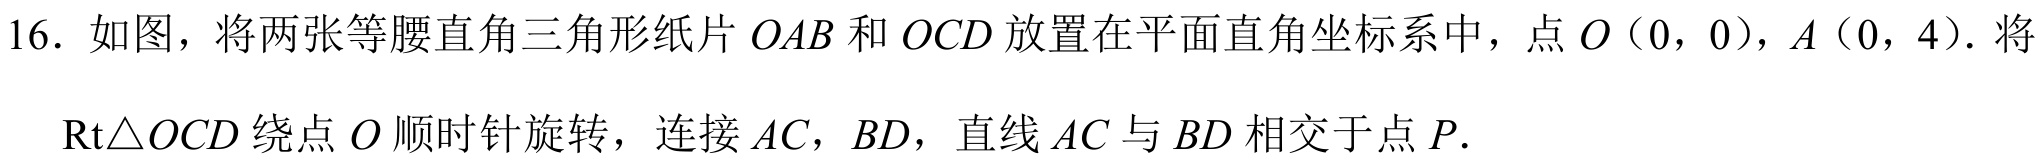
16. 如图，将两张等腰直角三角形纸片 \(OAB\) 和 \(OCD\) 放置在平面直角坐标系中，点 \(O(0,0)\)，\(A(0,4)\). 将
\(Rt\triangle OCD\) 绕点 \(O\) 顺时针旋转，连接 \(AC\)，\(BD\)，直线 \(AC\) 与 \(BD\) 相交于点 \(P\).